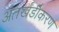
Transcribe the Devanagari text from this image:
अंतर्खंडीकरण